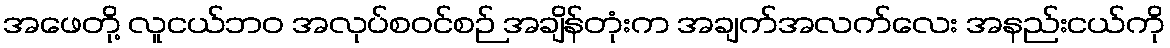
အဖေတို့ လူငယ်ဘဝ အလုပ်စဝင်စဉ် အချိန်တုံးက အချက်အလက်လေး အနည်းငယ်ကို